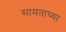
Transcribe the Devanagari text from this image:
सामंताच्या